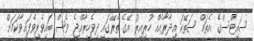
ސައިޓްސްގެ އެތައް ސަތޭކަ އިދާރާއެއް ހުރިއިރު އޭގެ ތެރޭގައި ދިވެހިރާއްޖެ ވެސް ބައިވެރިވެފައިވާކަމަށް